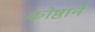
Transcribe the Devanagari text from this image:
कोष्ठाने